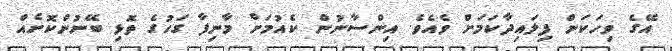
އޭގެ ވިހަކަން ފިލައިދާކަމަށް ވެއެވެ. އިންސާނުން ކެއުމަށް މާނިފާ ގަހުގެ ތޮޅި ބޭނުންކޮށެއް